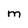
Character: M